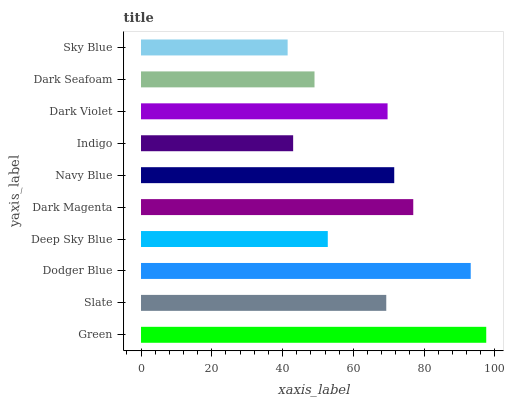
| yaxis_label | bars |
 | --- | --- |
 | Green | 97.6 |
 | Slate | 69.3 |
 | Dodger Blue | 93.2 |
 | Deep Sky Blue | 52.8 |
 | Dark Magenta | 76.9 |
 | Navy Blue | 71.6 |
 | Indigo | 43 |
 | Dark Violet | 69.7 |
 | Dark Seafoam | 49 |
 | Sky Blue | 41.4 |